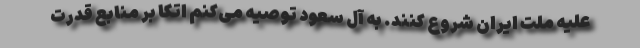
علیه ملت ایران شروع کنند. به آل سعود توصیه می‌کنم اتکا بر منابع قدرت